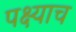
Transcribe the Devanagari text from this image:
पक्ष्याच